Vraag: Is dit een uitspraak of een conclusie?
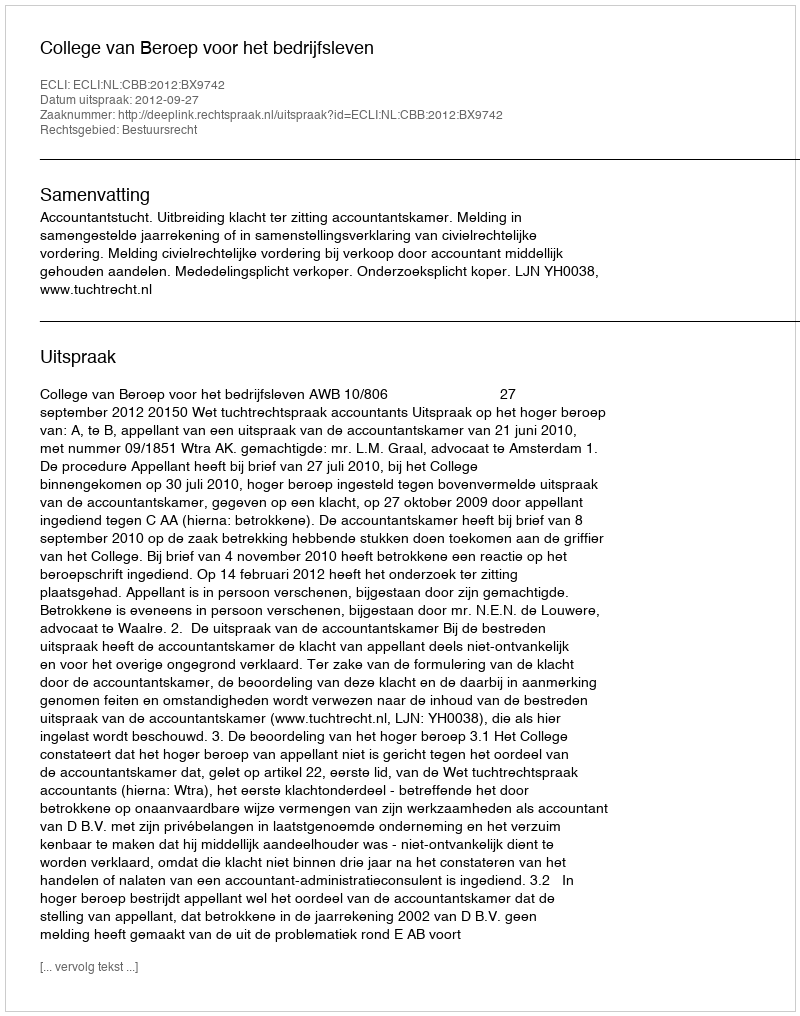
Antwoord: Uitspraak